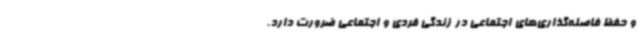
و حفظ فاصله‌گذاری‌های اجتماعی در زندگی فردی و اجتماعی ضرورت دارد.